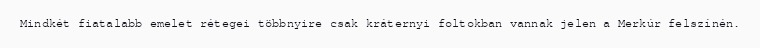
Mindkét fiatalabb emelet rétegei többnyire csak kráternyi foltokban vannak jelen a Merkúr felszínén.